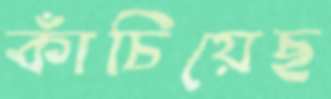
কাঁচিয়েছ